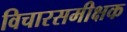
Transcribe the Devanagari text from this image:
विचारसमीक्षक